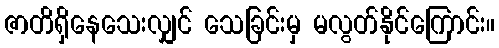
ဇာတိရှိနေသေးလျှင် သေခြင်းမှ မလွတ်နိုင်ကြောင်း။